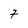
Character: 7